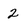
Character: 2